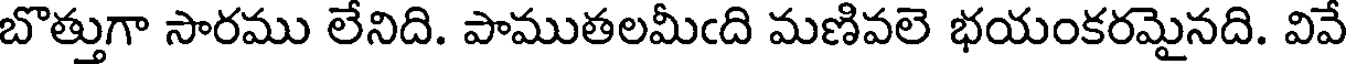
బొత్తుగా సారము లేనిది. పాముతలమీఁది మణివలె భయంకరమైనది. వివే